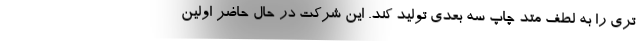
تری را به لطف متد چاپ سه بعدی تولید کند. این شرکت در حال حاضر اولین